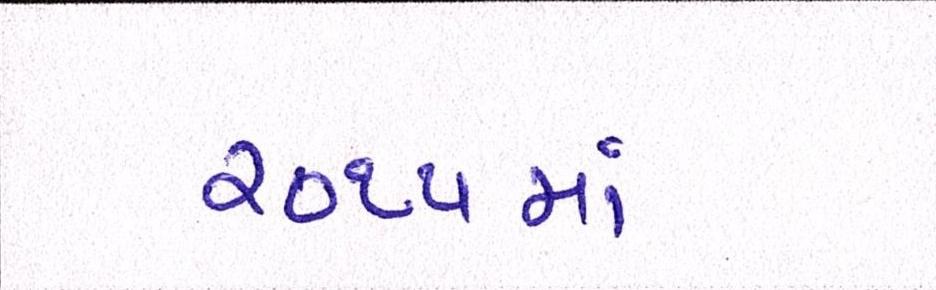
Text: ૨૦૧૫માં